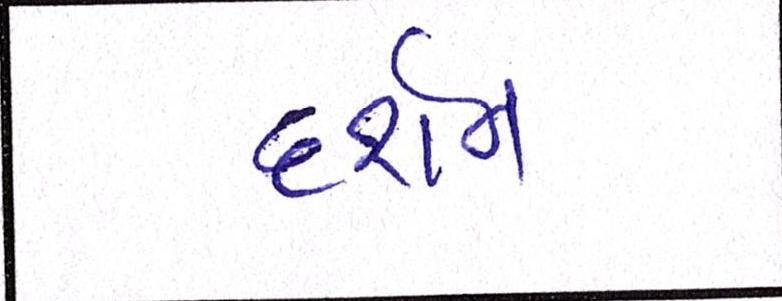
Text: દર્શન